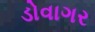
ડોવાગર